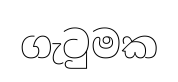
ගැටුමක